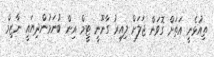
ތިއުޅެނީ އަތަށް ގޮވަން ޖަލަށް ލިއިރު ގާނޫނީ ޓީމް އިން ބުނަމުންދިޔައީ ނާޒިމް